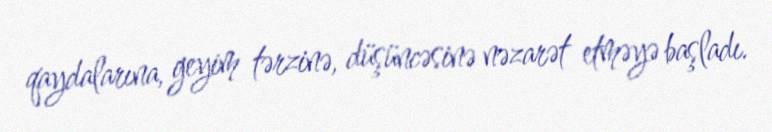
qaydalarına, geyim tərzinə, düşüncəsinə nəzarət etməyə başladı.